Civil Veterinary Department Bihar & Orissa reports 1929-36 - 1929-1936
Year: 1929
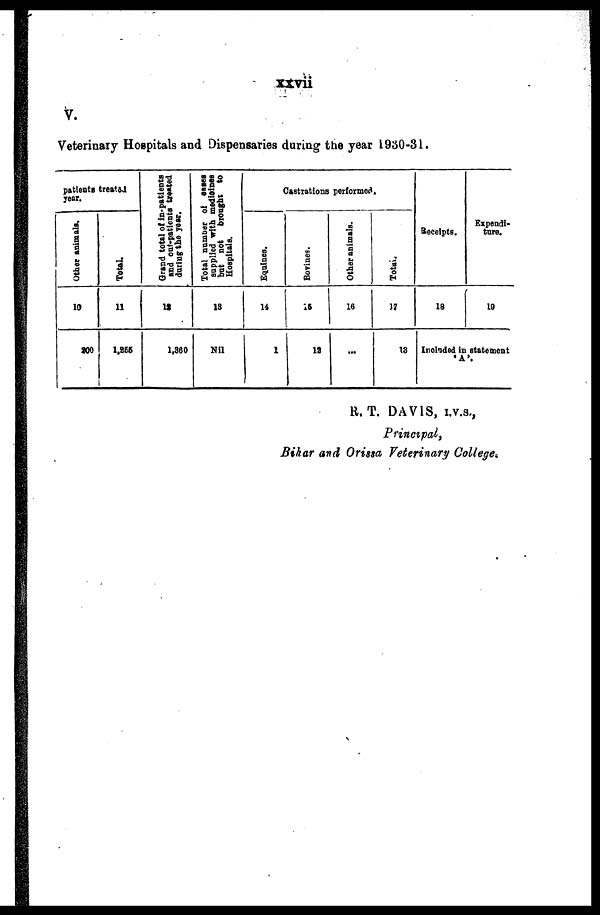
xxvii
V.
Veterinary Hospitals and Dispensaries during the year 1930-31.
patients treated
year.
Other animals.
10
900
Total.
11
1,855
Grand total of in-patients
and out-patiente treated
during
the year.
12
1,360
Total
numberof cases
supplied with medicines
bat not
brought to
Hospitals.
13
Nil
Castrations performed.
Equines.
14
1
Bovines.
15
13
Other animals.
16
Total.
17
13
Receipts.
18
Expendi-
ture.
19
Included in statement
'A'.
R. T. DAVIS, I.V.S.,
Principal,
Bihar and Orissa Veterinary College.